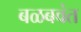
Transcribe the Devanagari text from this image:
बळबवंत